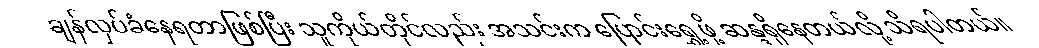
ချန်လှပ်ခံနေရတာဖြစ်ပြီး သူကိုယ်တိုင်လည်း အသင်းက ပြောင်းရွှေ့ဖို့ ဆန္ဒရှိနေတယ်လို့ သိရပါတယ်။